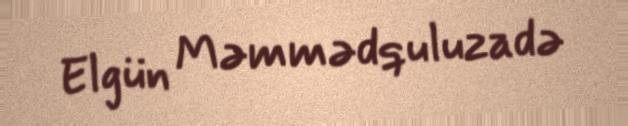
Elgün Məmmədquluzadə